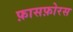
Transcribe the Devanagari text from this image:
फ़ासफ़ोरस